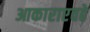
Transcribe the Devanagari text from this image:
आकाराएवढे